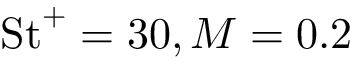
\mathrm { S t } ^ { + } = 3 0 , M = 0 . 2